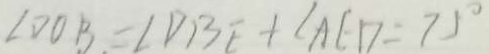
\angle D O B = \angle D B E + \angle A E D = 7 5 ^ { \circ }